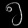
Digit: ၅